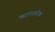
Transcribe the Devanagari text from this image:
त्सरारशरीफ